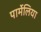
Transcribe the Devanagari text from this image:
पार्मेलिया